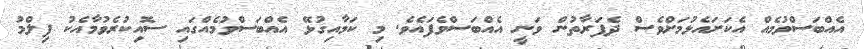
އެއްބަސްވުމެއް އެކަށައެޅުމަށްވެސް ދެފަރާތުން ވަނީ އެއްބަސްވެފައެވެ. މި ކަމާއިގުޅޭ އެއްބަސްވުމެއްގައި ސޮއިކުރެވުމާއެކު ފިލްމު